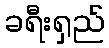
ခရီးရှည်